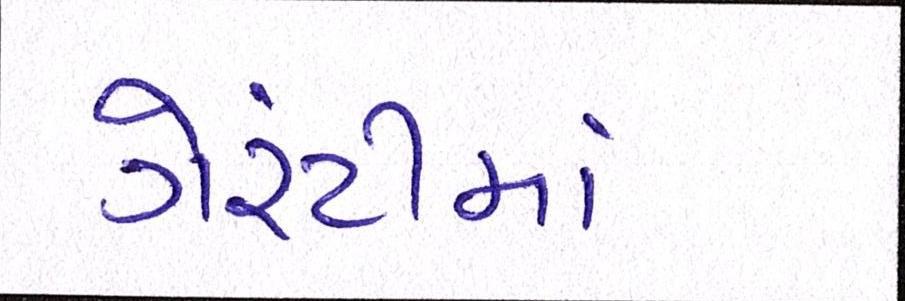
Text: ગેરંટીમાં